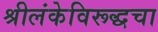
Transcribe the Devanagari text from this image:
श्रीलंकेविरूद्धचा